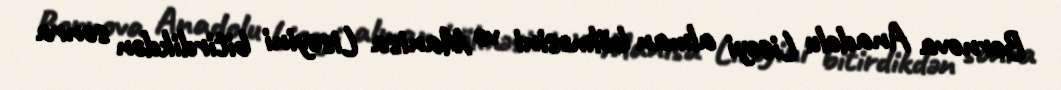
Bornova Anadolu Liseyi alman bölməsini və Manisa Liseyini bitirdikdən sonra